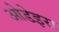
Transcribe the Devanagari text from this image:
ओडेइरा